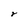
Character: r